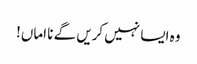
وہ ایسا نہیں کریں گے نا اماں!